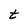
Character: t